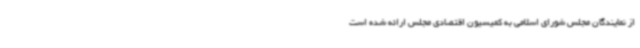
از نمایندگان مجلس شورای اسلامی به کمیسیون اقتصادی مجلس ارائه شده است